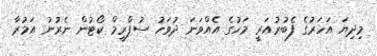
މިދިޔަ އަހަރުގެ ފެބުރުއަރީ މަހުގެ އެއްވަނަ ދުވަހު ސުޕްރީމް ކޯޓުން ނެރުނު އަމުރާ